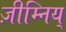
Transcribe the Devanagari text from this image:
ज़ीम्निय्